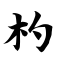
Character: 杓